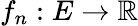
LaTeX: f_{n}:E\to\mathbb{R}